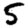
Digit: 5